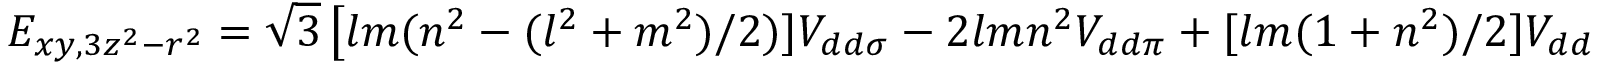
E _ { x y , 3 z ^ { 2 } - r ^ { 2 } } = { \sqrt { 3 } } \left[ l m ( n ^ { 2 } - ( l ^ { 2 } + m ^ { 2 } ) / 2 ) ] V _ { d d \sigma } - 2 l m n ^ { 2 } V _ { d d \pi } + [ l m ( 1 + n ^ { 2 } ) / 2 ] V _ { d d \delta } \right]